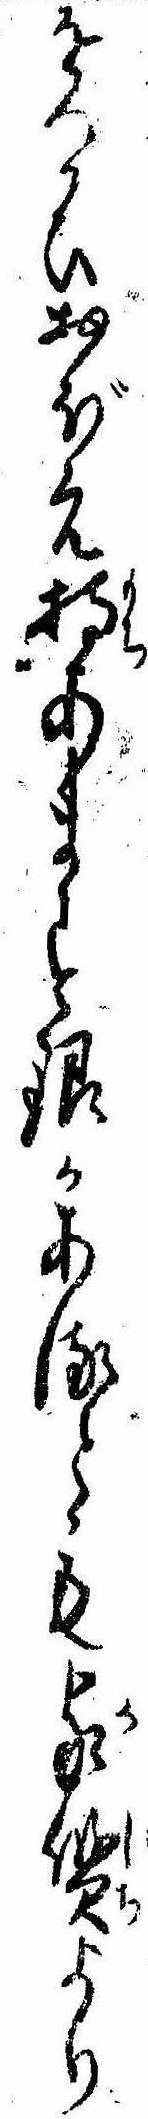
をつかひおぼえ持あます銀かあるとも家質より